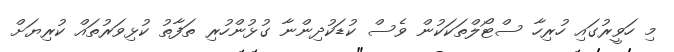
މި ހަވީރުގައި ހުރިހާ ސްޓޯލްތަކަކުން ވެސް ކުޑަކުދިންނާ ގުޅުންހުރި ތަފާތު ކުޅިވަރުތައް ކުރިޔަށް